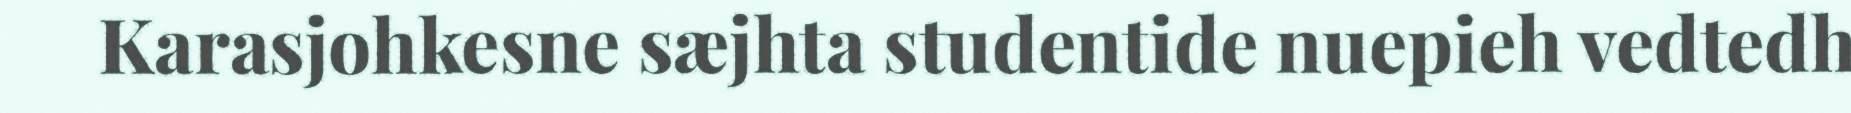
Karasjohkesne sæjhta studentide nuepieh vedtedh